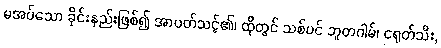
မအပ်သော ခိုင်းနည်းဖြစ်၍ အာပတ်သင့်၏၊ ထိုတွင် သစ်ပင် ဘူတဂါမ်၊ ငရုတ်သီး,